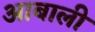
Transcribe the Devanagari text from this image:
आबाली